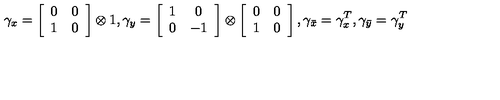
\gamma _ { x } = \left[ \begin{array} { c c } { 0 } & { 0 } \\ { 1 } & { 0 } \\ \end{array} \right] \otimes 1 , \gamma _ { y } = \left[ \begin{array} { c c } { 1 } & { 0 } \\ { 0 } & { - 1 } \\ \end{array} \right] \otimes \left[ \begin{array} { c c } { 0 } & { 0 } \\ { 1 } & { 0 } \\ \end{array} \right] , \gamma _ { \bar { x } } = \gamma _ { x } ^ { T } , \gamma _ { \bar { y } } = \gamma _ { y } ^ { T }